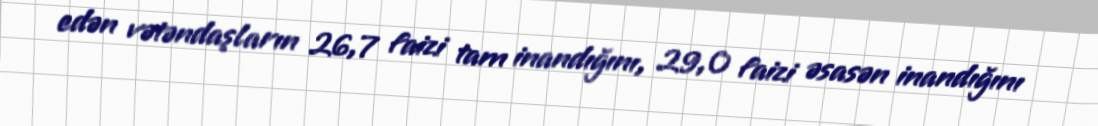
edən vətəndaşların 26,7 faizi tam inandığını, 29,0 faizi əsasən inandığını